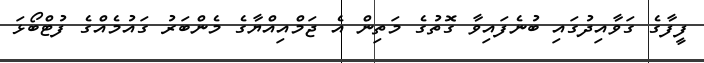
ފީފާގެ ގަވާއިދުގައި ބުނެފައިވާ ގޮތުގެ މަތިން އެ ޖަމްއިއްޔާގެ މެންބަރު ގައުމެއްގެ ފުޓްބޯޅަ